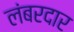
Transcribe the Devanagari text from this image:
लंबरदार